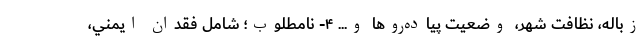
زباله، نظافت شهر، وضعيت پياده‌روها و... ۴- نامطلوب؛ شامل فقدان ايمني،